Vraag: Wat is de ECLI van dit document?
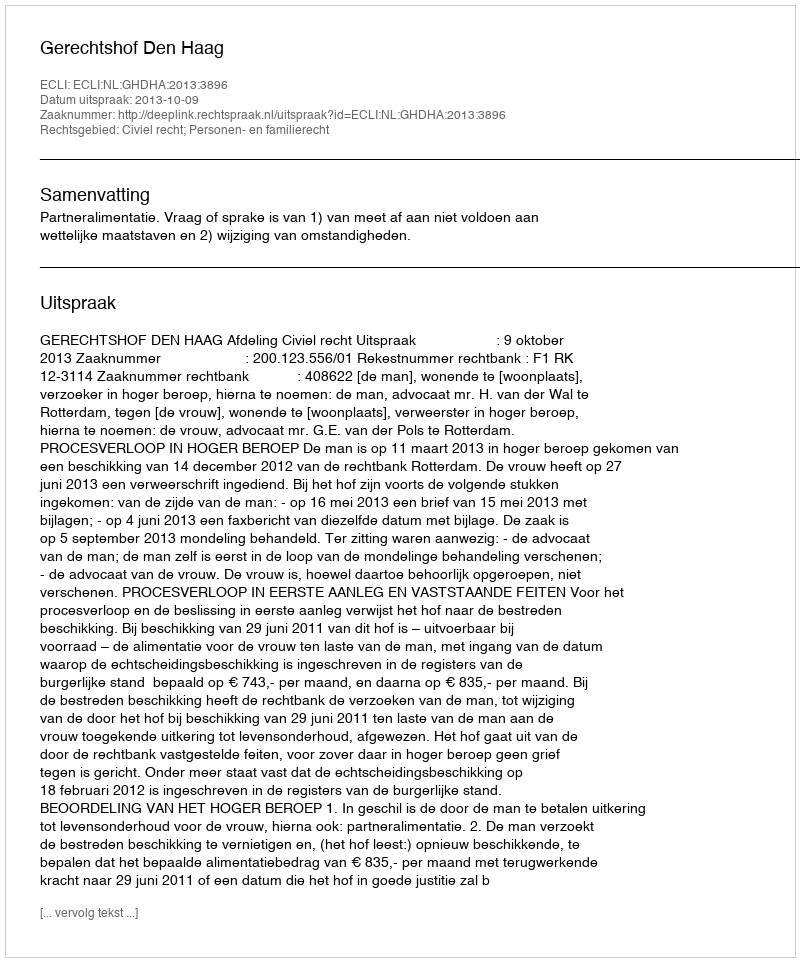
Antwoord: ECLI:NL:GHDHA:2013:3896